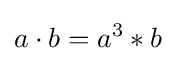
a\cdot b=a^{3}*b